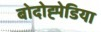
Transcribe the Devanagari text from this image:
बोदोह्पेडिया